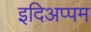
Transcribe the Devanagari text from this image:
इदिअप्पम